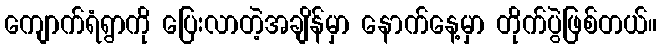
ကျောက်ရံရွာကို ပြေးလာတဲ့အချိန်မှာ နောက်နေ့မှာ တိုက်ပွဲဖြစ်တယ်။